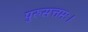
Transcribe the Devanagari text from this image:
पुरुसत्तमः।